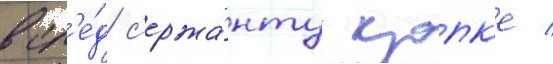
всл'е́д с'ержа́нту крапк'е /